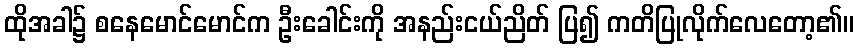
ထိုအခါ၌ စနေမောင်မောင်က ဦးခေါင်းကို အနည်းငယ်ညိတ် ပြ၍ ကတိပြုလိုက်လေတော့၏။